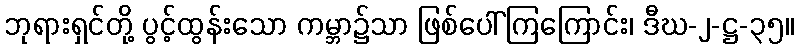
ဘုရားရှင်တို့ ပွင့်ထွန်းသော ကမ္ဘာ၌သာ ဖြစ်ပေါ်ကြကြောင်း၊ ဒီဃ-၂-ဋ္ဌ-၃၅။